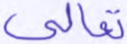
تعالى